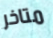
متاخر